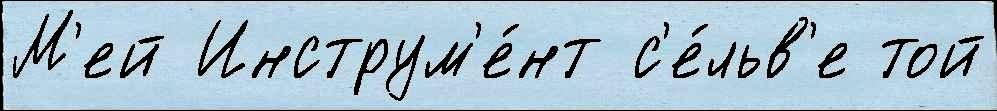
М'ей Инструм'е́нт с'е́льв'е той